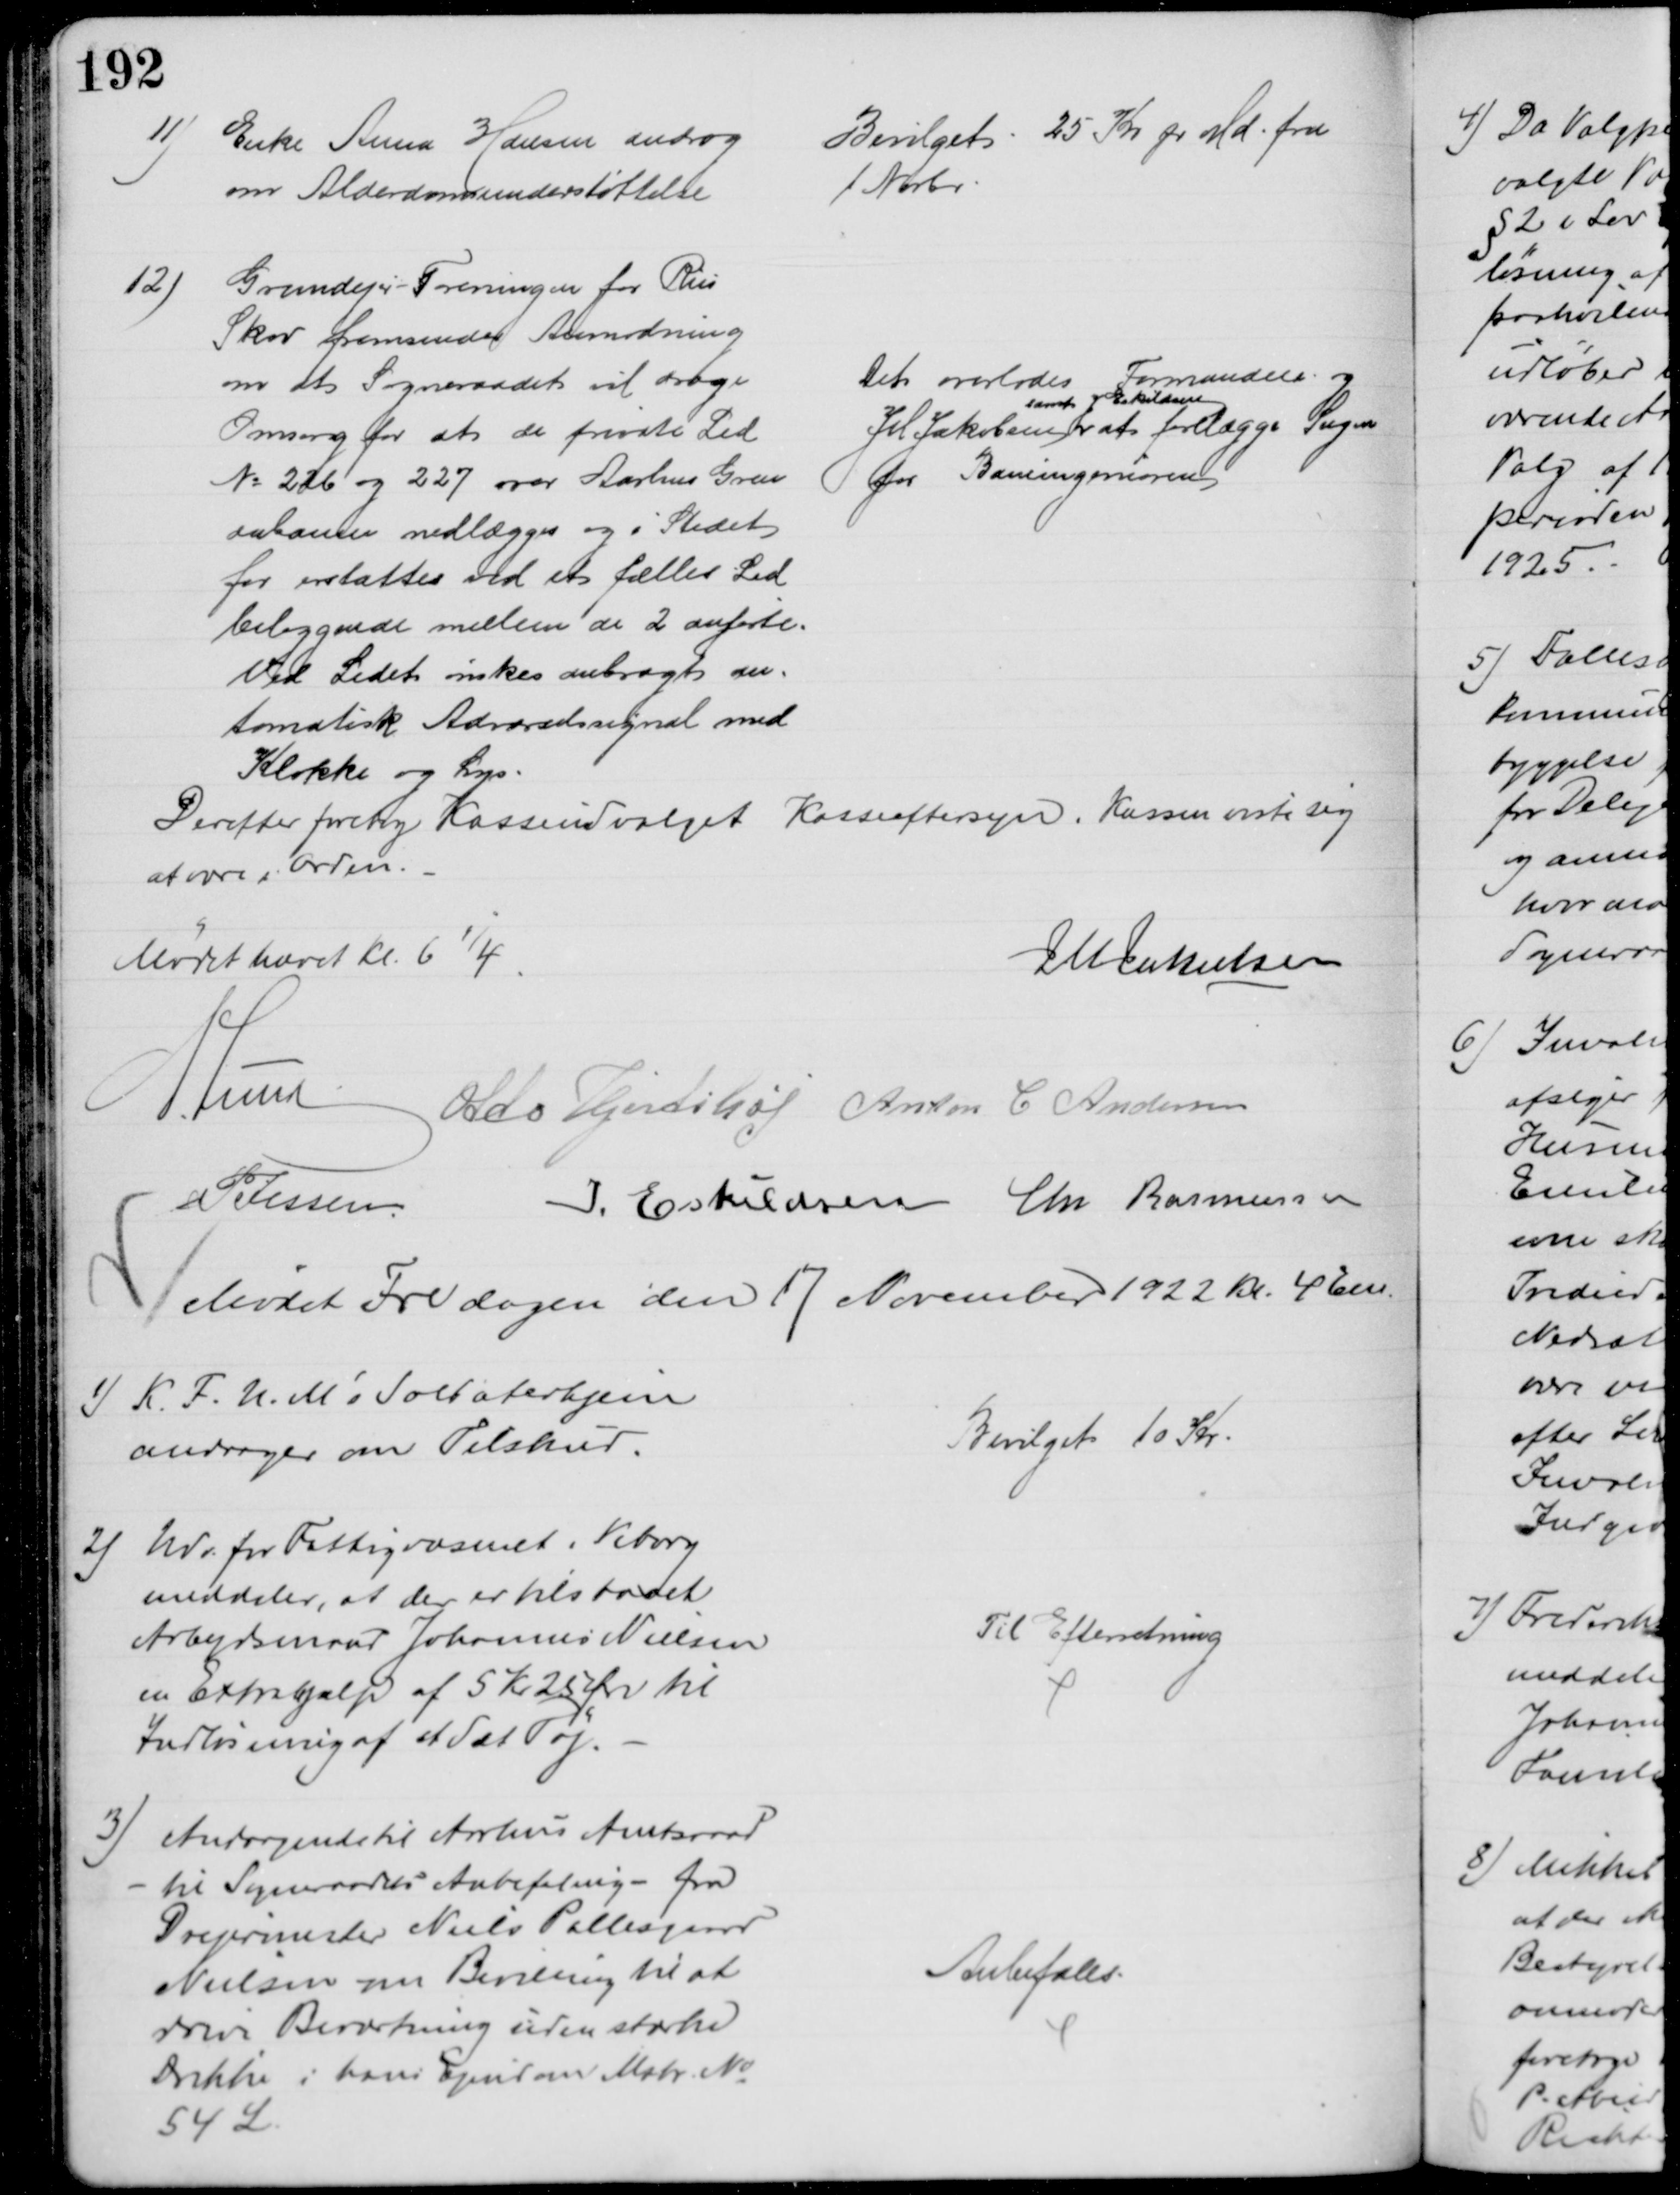
Transskription:
11)
Enke Anna Hansen androg
om Alderdomsunderstøttelse
Bevilget 25 Kr pr Md. fra
1 Novbr
12)
Grundejer-Foreningen for Riis
Skov fremsender Anmodning
om at Sogneraadet vil drage
Omsorg for at de private Led
№ 226 og 227 over Aarhus Gren
aabanen nedlægges og i Stedet
for erstattes ved et fælles Led
beliggende mellem de 2 anførte.
Ved Ledet ønskes anbragt au-
tomatisk Advarselssignal med 
Klokke og Lys.
Det overlodes Formanden og
J M Jakobsen 
samt J. Eskildsen
at forelægge Sagen
for Baneingeniøren
Derefter foretog Kasseudvalget Kasseeftersyn. Kassen viste sig
at være i Orden.
Mødet hævet Kl. 6¼
J M Jakobsen
A Lund
Otto Hjortshøj Anton C Andersen
P Jessen
I. Eskildsen Chr Rasmussen
Mødet Fredagen den 17 November 1922 Kr. 4 Em.
1) K.F.U.M's Soldaterhjem
andrager om Tilskud.
Bevilget 10 Kr
2) Udv. for Fattigvæsenet i Viborg
meddeler, at der er tilstaaet
Arbejdsmand Johannes Nielsen
en Extrahjælp af 5 Kr 25 Øre til
Indløsning af et Sæt Tøj.
Til Efterretning
3) Andragende til Aarhus Amtsraad
til Sogneraadets Anbefaling - fra
Drejermester Niels Pallesgaard
Nielsen om Bevilling til at 
drive Beværtning uden stærke
Drikke i hans Ejendom Matr. №
54 L.
Anbefales